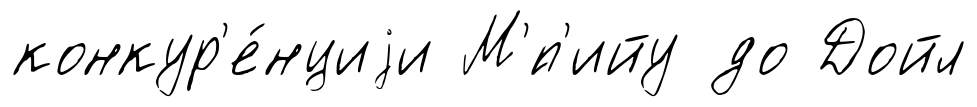
конкур'е́нциjи М'́п'ийу до Дойл